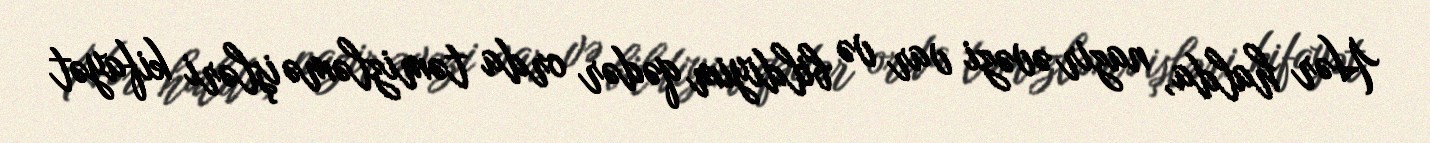
Hər halda, nazir əvəzi var və bildiyim qədər orda təmizləmə işləri kifayət